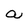
Character: a